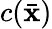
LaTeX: c(\bar{\mathbf x})